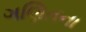
ગણિતના